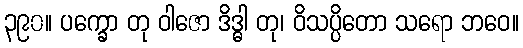
၃၉၀။ ပက္ခော တု ဝါဇော ဒိဒ္ဓါ တု၊ ဝိသပ္ပိတော သရော ဘဝေ။